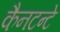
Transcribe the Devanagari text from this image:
कैनटन्टे